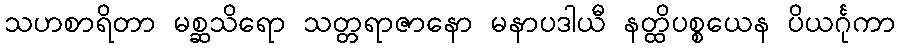
သဟစာရိတာ မစ္ဆသိရော သတ္တရာဇာနော မနာပဒါယီ နတ္ထိပစ္စယေန ပိယင်္ဂုကာ